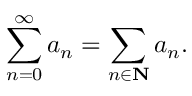
\sum _ { n = 0 } ^ { \infty } a _ { n } = \sum _ { n \in \mathbf { N } } a _ { n } .